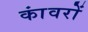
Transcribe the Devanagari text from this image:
कांवरों